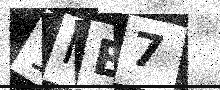
Text: 1IE7